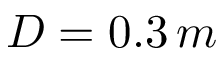
D = 0 . 3 \, m